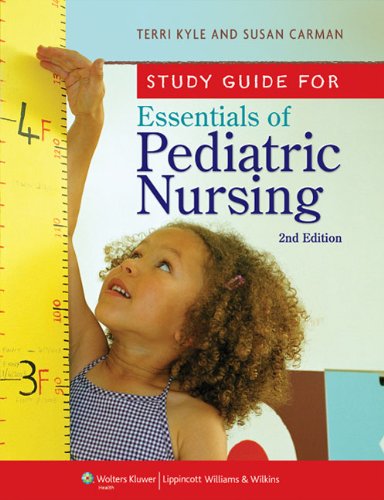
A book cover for Study Guide for Essentials of Pediatric Nursing; Theresa Kyle MSN  CPNP; Medical Books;